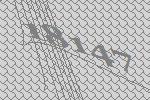
18147